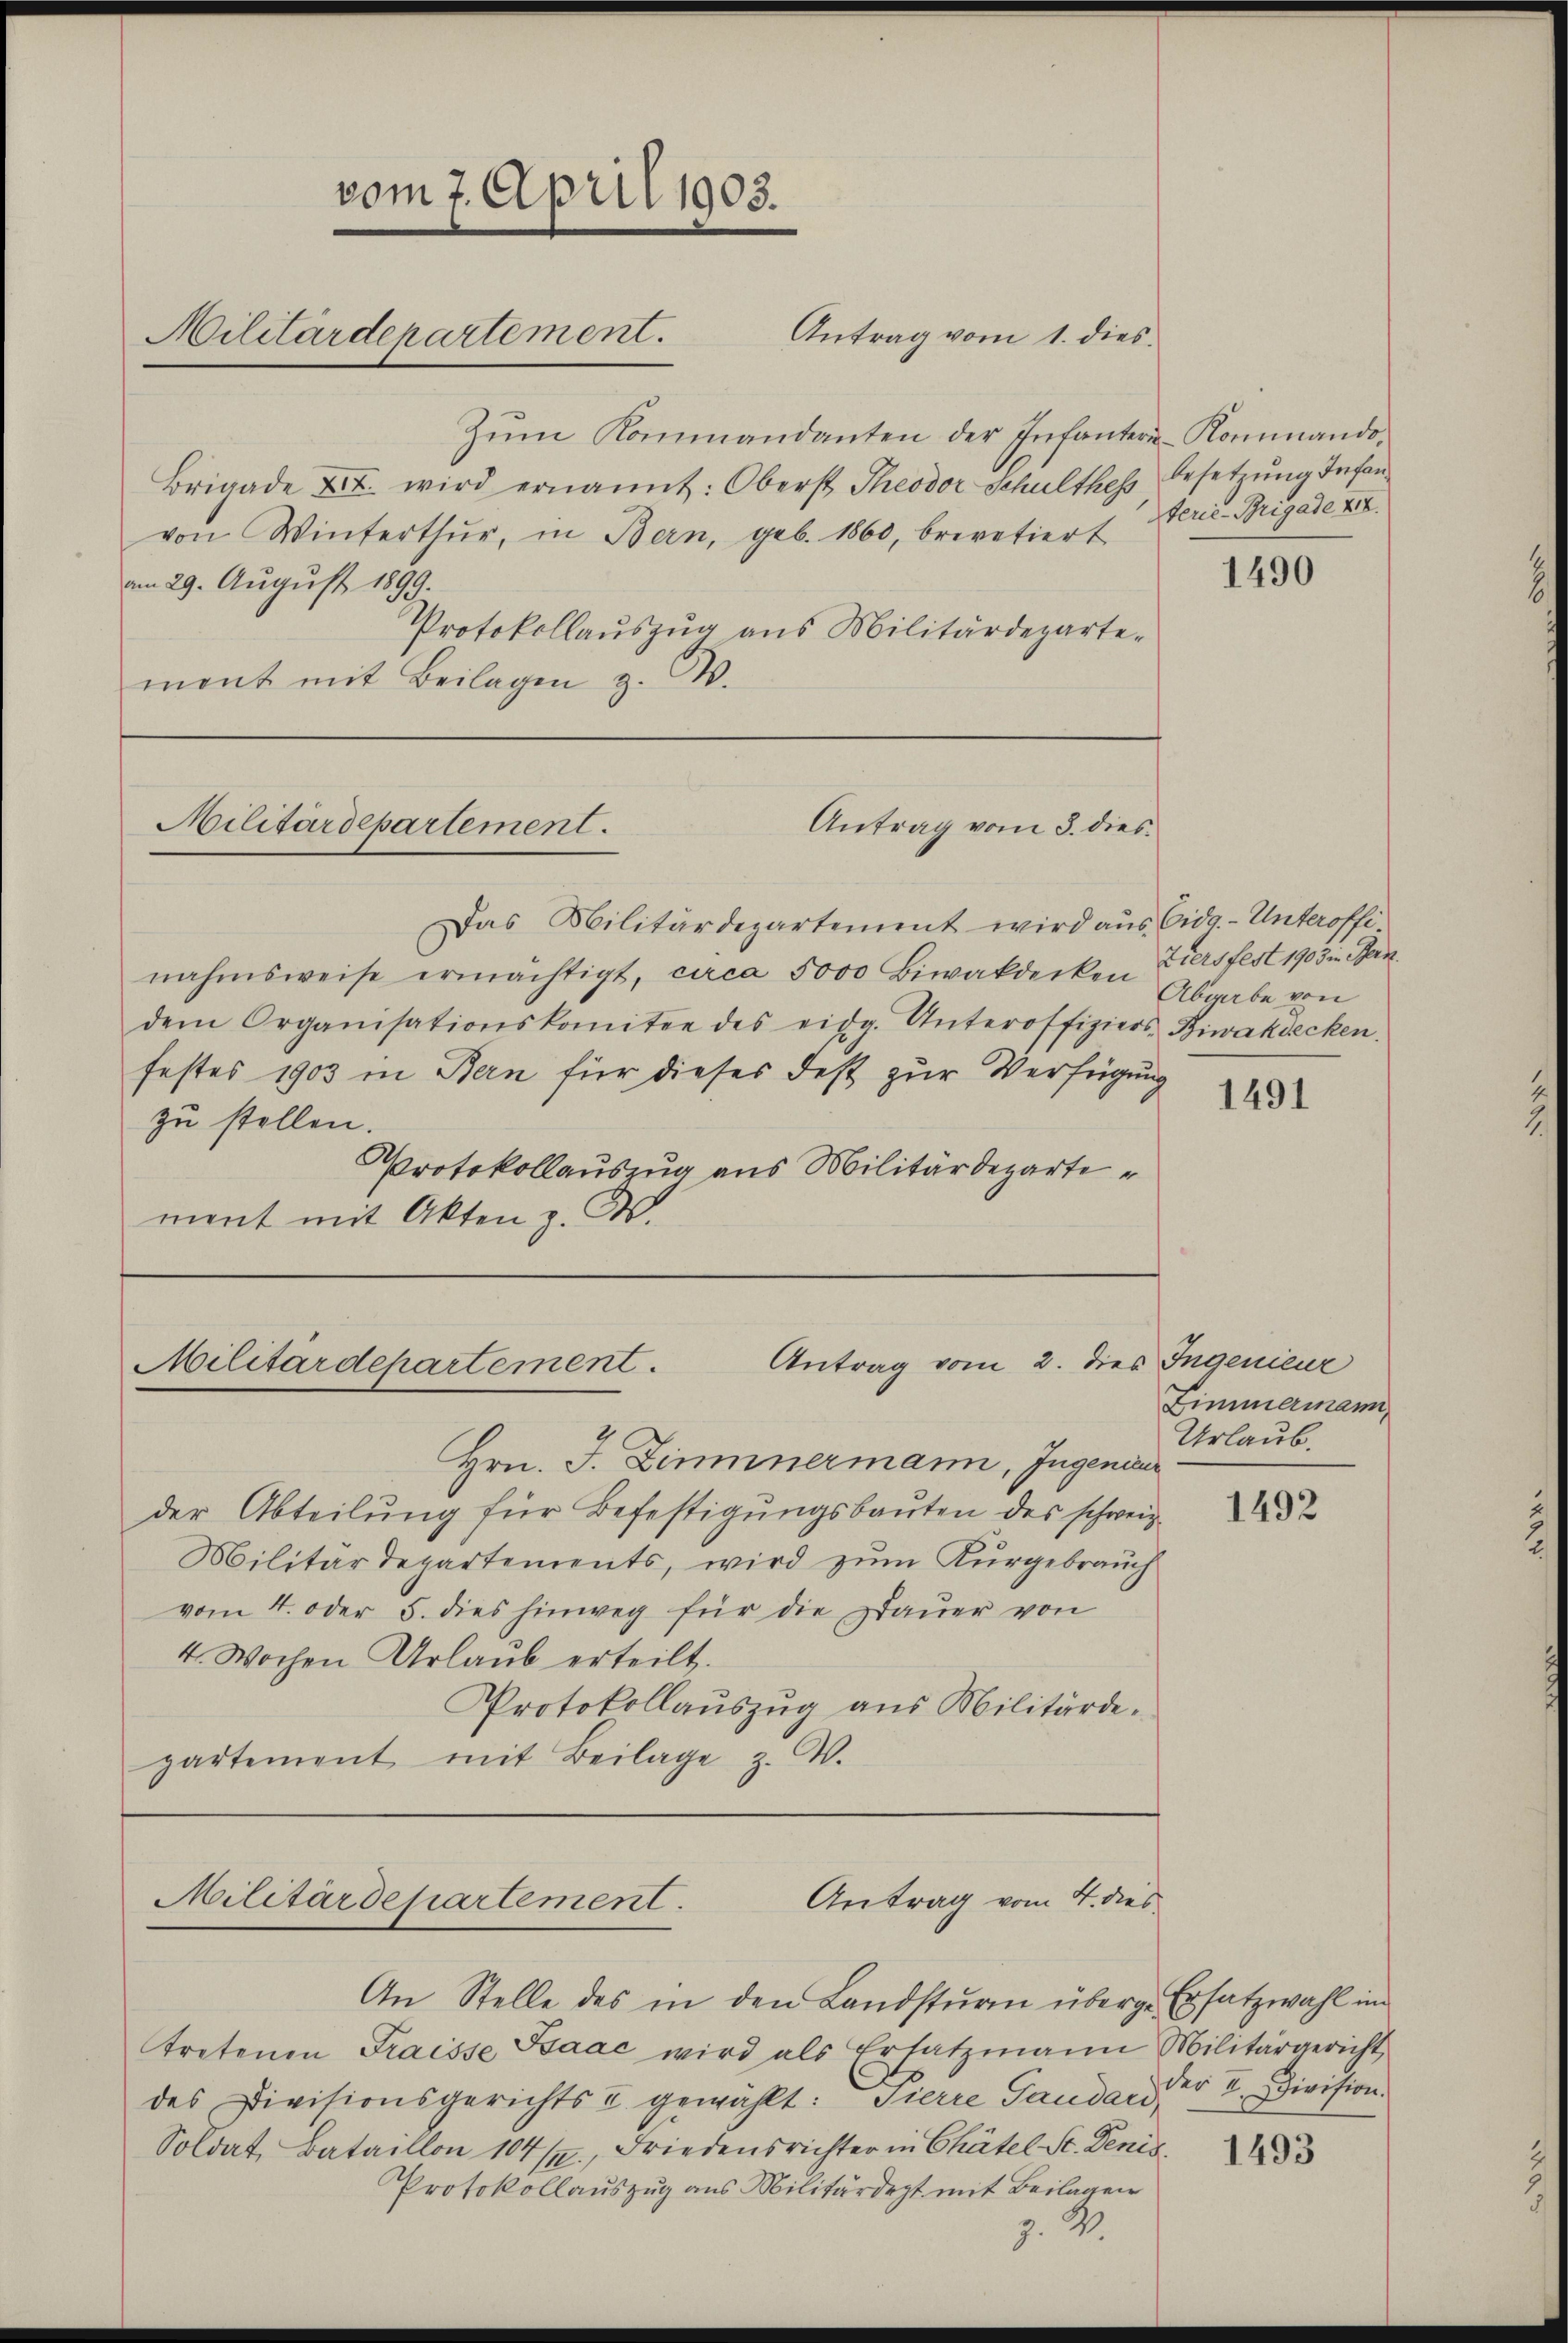
vom 7. April 1903.
Militärdepartement.

Zŭm Kommandanten der Infanter-Kommando-
Brigade u. wird ernannt: Oberst Theodor Schulthess besetzung Infanvon Winterthur, in Bern, geb. 1860, brevetiert Ferie-Brigade XII.
am 29. August 1899.
Protokollaŭszŭg ans Militärdeparte-
ment mit Beilagen z. B.

Militärdepartement.

Das Militärdepartement wird aus Eidg. - Unteroffe
nahmsweise ermächtigt, circa 5000 Biwakdecken Ziersfest 1903 in Ban
dem Organisationskomitee des eidg. Unteroffiziers-Biwakdecken.
festes 1903 in Bern für dieses Fest zur Verfügung
zu stellen.
Protokollauszug aus Militärdepartement mit Akten z. B.

Antrag vom 1. dies

Antrag vom 3. dies

Antrag vom 2. dies Ingenieur
Militärdepartement.

Hrn. J. Zimmermann, Ingenieur
der Abteilung für Befestigungsbauten des schweiz.
Militärdepartements, wird zum Kurgebrauch
vom 4. oder 5. dies hinweg für die Dauer von
4. Wochen Urlaub erteilt.
Protokollauszug aus Militärdepartement mit Beilage z. B.

Antrag vom 4. dies
Militärdepartement.

An Stelle des in den Landsturm überg. Ersatzwahl im
tretenen Fraisse Saac wird als Ersatzmann Militärgericht
des Divisionsgerichts u gewählt: Pierre Gauda, d. VI. Division.
Soldat, Bataillon 1041, Friedensrichter in Chätel St. Denis
Protokollauszug aus Militärdept mit Beilagen
Z. W.

1490

Abgabe von

1491

Zimmermann,
Urlaub.

1492

1493